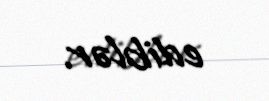
ediblər.